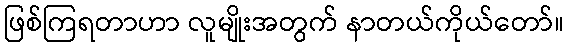
ဖြစ်ကြရတာဟာ လူမျိုးအတွက် နာတယ်ကိုယ်တော်။